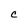
Character: C